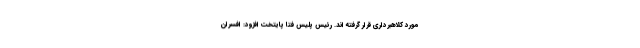
مورد کلاهبرداری قرار گرفته اند. رئیس پلیس فتا پایتخت افزود: افسران